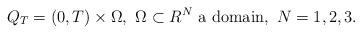
LaTeX: \begin{align*}Q_T = (0,T) \times \Omega, \ \Omega \subset R^N \ \mbox{a domain},\ N=1,2,3.\end{align*}